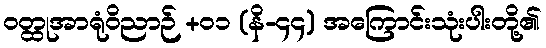
ဝတ္ထုအာရုံဝိညာဉ် +၀၁ (နိ-၄၄) အကြောင်းသုံးပါးတို့၏